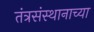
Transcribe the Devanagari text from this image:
तंत्रसंस्थानाच्या